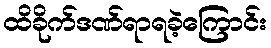
ထိခိုက်ဒဏ်ရာရခဲ့ကြောင်း